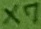
Text: X7